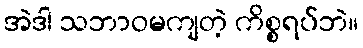
အဲဒါ သဘာဝမကျတဲ့ ကိစ္စရပ်ဘဲ။